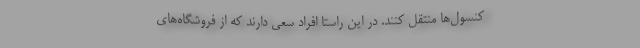
کنسول‌ها منتقل کنند. در این راستا افراد سعی دارند که از فروشگاه‌های